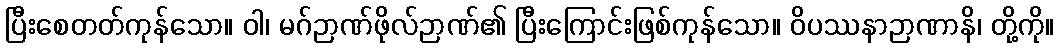
ပြီးစေတတ်ကုန်သော။ ဝါ၊ မဂ်ဉာဏ်ဖိုလ်ဉာဏ်၏ ပြီးကြောင်းဖြစ်ကုန်သော။ ဝိပဿနာဉာဏာနိ၊ တို့ကို။